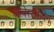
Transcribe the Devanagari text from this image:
ओवेर्स्लोविग